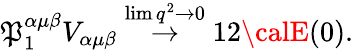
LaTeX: \mathfrak{P}_{1}^{\alpha\mu\beta}V_{\alpha\mu\beta}\stackrel{\operatorname*{lim}q^{2}\rightarrow0}{\rightarrow}12{\calE}(0).